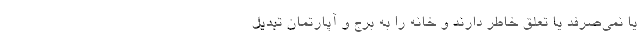
یا نمی‌صرفد یا تعلق خاطر دارند و خانه را به برج و آپارتمان تبدیل